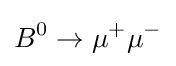
B^{0}\rightarrow \mu ^{+}\mu ^{-}